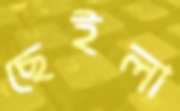
ছেইলা